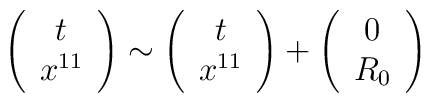
\left(\begin{array}{c}t \\x^{11}\end{array}\right) \sim \left(\begin{array}{c}t \\x^{11}\end{array}\right) +\left(\begin{array}{c}0 \\R_{0}\end{array}\right)